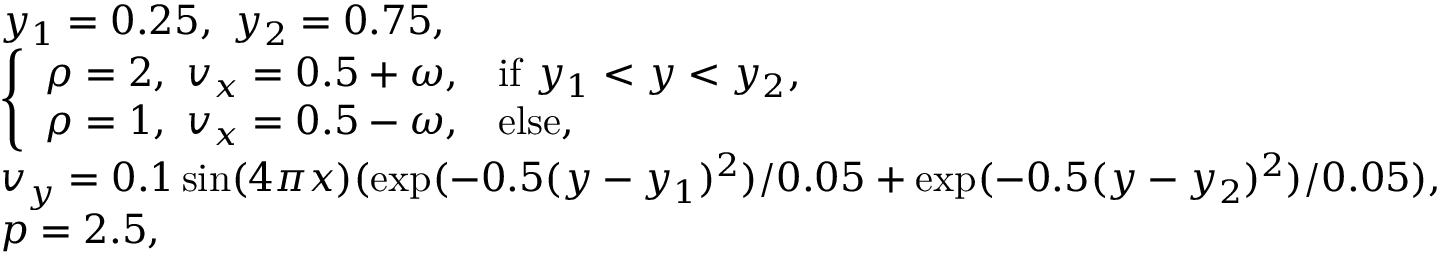
\begin{array} { r l } & { y _ { 1 } = 0 . 2 5 , ~ y _ { 2 } = 0 . 7 5 , } \\ & { \left\{ \begin{array} { l l } { \rho = 2 , ~ v _ { x } = 0 . 5 + \omega , } & { \mathrm { i f } ~ y _ { 1 } < y < y _ { 2 } , } \\ { \rho = 1 , ~ v _ { x } = 0 . 5 - \omega , } & { \mathrm { e l s e } , } \end{array} \right. } \\ & { v _ { y } = 0 . 1 \sin ( 4 \pi x ) ( \exp ( - 0 . 5 ( y - y _ { 1 } ) ^ { 2 } ) / 0 . 0 5 + \exp ( - 0 . 5 ( y - y _ { 2 } ) ^ { 2 } ) / 0 . 0 5 ) , } \\ & { p = 2 . 5 , } \end{array}